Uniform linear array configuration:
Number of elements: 24
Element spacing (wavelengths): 1
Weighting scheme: kaiser
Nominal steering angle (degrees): -30
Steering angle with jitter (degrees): -30.549
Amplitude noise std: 0.05
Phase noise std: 0.05

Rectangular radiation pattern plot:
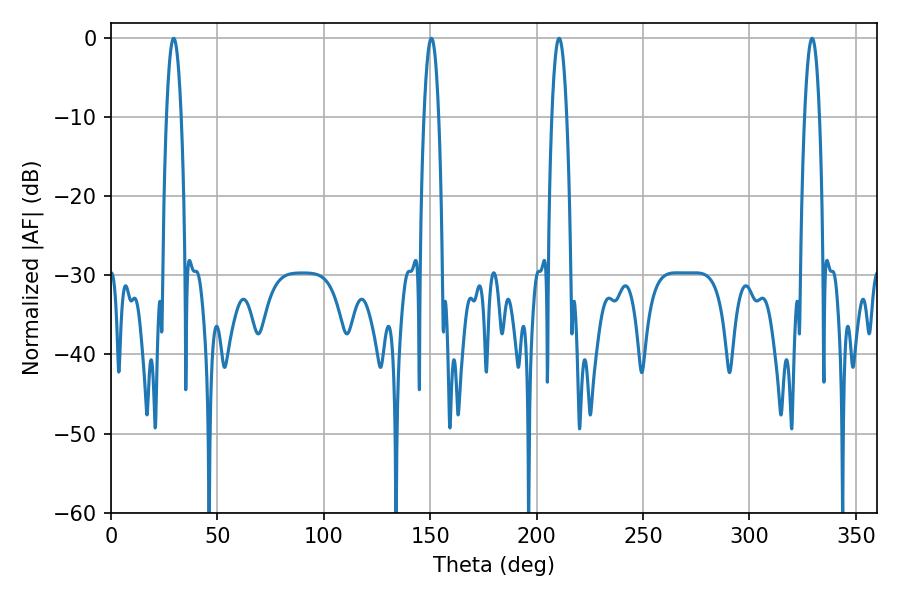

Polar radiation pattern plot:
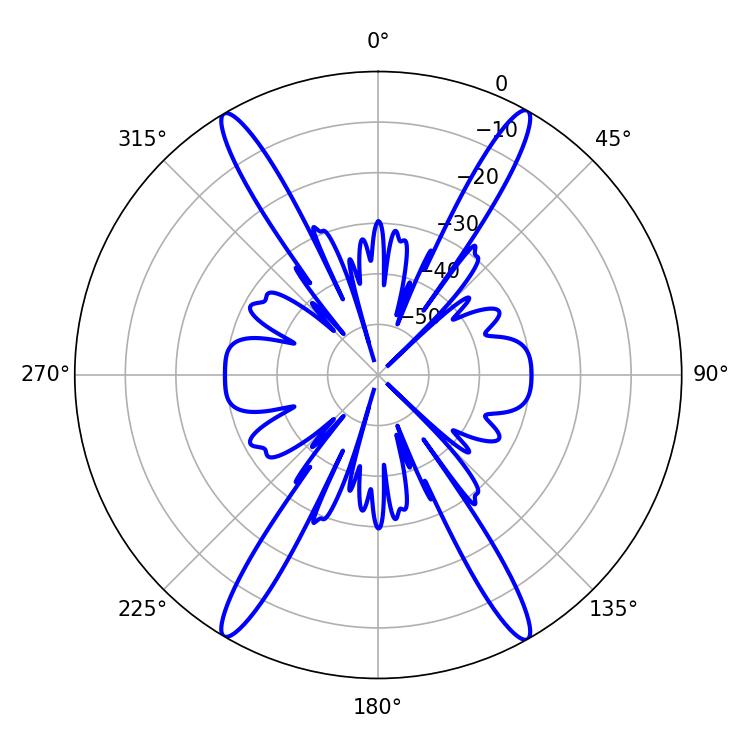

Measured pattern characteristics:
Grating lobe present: TRUE
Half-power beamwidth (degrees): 3.96
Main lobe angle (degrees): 210.6